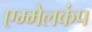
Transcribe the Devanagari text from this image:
एम्मेलकंप